Treatise on elephants
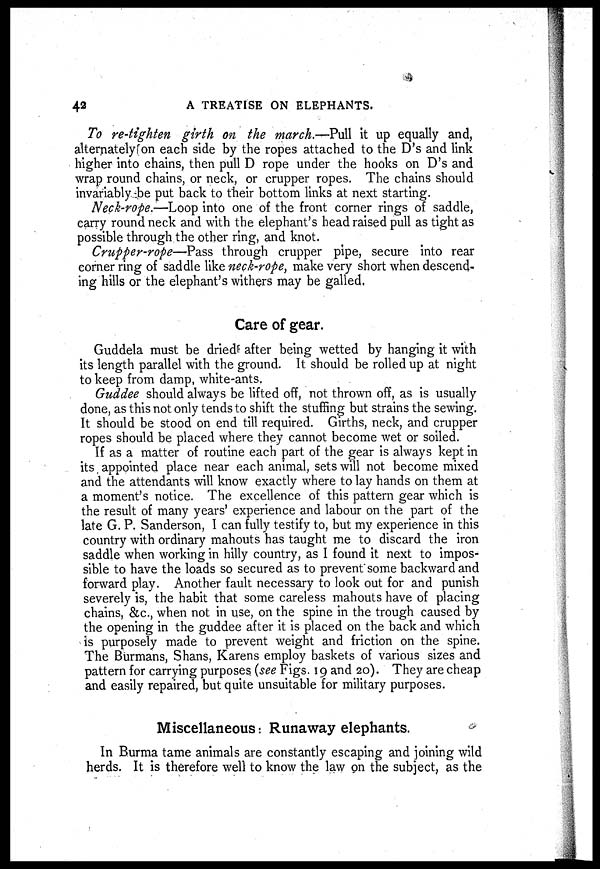
42
A TREATISE ON ELEPHANTS.
To re-tighten girth on the march.—Pull it up equally and,
alternately on each side by the ropes attached to the D's and link
higher into chains, then pull D rope under the hooks on D's and
wrap round chains, or neck, or crupper ropes. The chains should
invariably be put back to their bottom links at next starting.
Neck-rope.—Loop into one of the front corner rings of saddle,
carry round neck and with the elephant's head raised pull as tight as
possible through the other ring, and knot.
Crupper-rope—Pass through crupper pipe, secure into rear
corner ring of saddle like neck-rope, make very short when descend-
ing hills or the elephant's withers may be galled,
Care of gear.
Guddela must be dried after being wetted by hanging it with
its length parallel with the ground. It should be rolled up at night
to keep from damp, white-ants.
Guddee should always be lifted off, not thrown off, as is usually
done, as this not only tends to shift the stuffing but strains the sewing.
It should be stood on end till required. Girths, neck, and crupper
ropes should be placed where they cannot become wet or soiled.
If as a matter of routine each part of the gear is always kept in
its appointed place near each animal, sets will not become mixed
and the attendants will know exactly where to lay hands on them at
a moment's notice. The excellence of this pattern gear which is
the result of many years' experience and labour on the part of the
late G. P. Sanderson, I can fully testify to, but my experience in this
country with ordinary mahouts has taught me to discard the iron
saddle when working in hilly country, as I found it next to impos-
sible to have the loads so secured as to prevent some backward and
forward play. Another fault necessary to look out for and punish
severely is, the habit that some careless mahouts have of placing
chains, &c, when not in use, on the spine in the trough caused by
the opening in the guddee after it is placed on the back and which
is purposely made to prevent weight and friction on the spine.
The Burmans, Shans, Karens employ baskets of various sizes and
pattern for carrying purposes (see Figs 19 and 20). They are cheap
and easily repaired, but quite unsuitable for military purposes.
Miscellaneous : Runaway elephants.
In Burma tame animals are constantly escaping and joining wild
herds. It is therefore well to know the law on the subject, as the